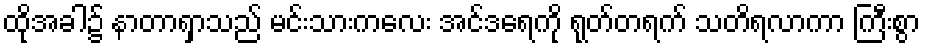
ထိုအခါ၌ နာတာရှာသည် မင်းသားကလေး အင်ဒရေကို ရုတ်တရက် သတိရလာကာ ကြီးစွာ